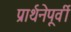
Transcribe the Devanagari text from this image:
प्रार्थनेपूर्वी